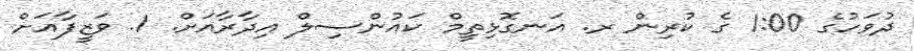
ދުވަހުގެ 1:00 ގެ ކުރިން ރ. އަނގޮޅިތީމް ކައުންސިލް އިދާރާއަށް. 1. ވަޒީފާއަށް